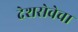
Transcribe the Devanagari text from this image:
देशसेवेचा